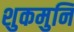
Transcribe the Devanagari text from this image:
शुकमुनि